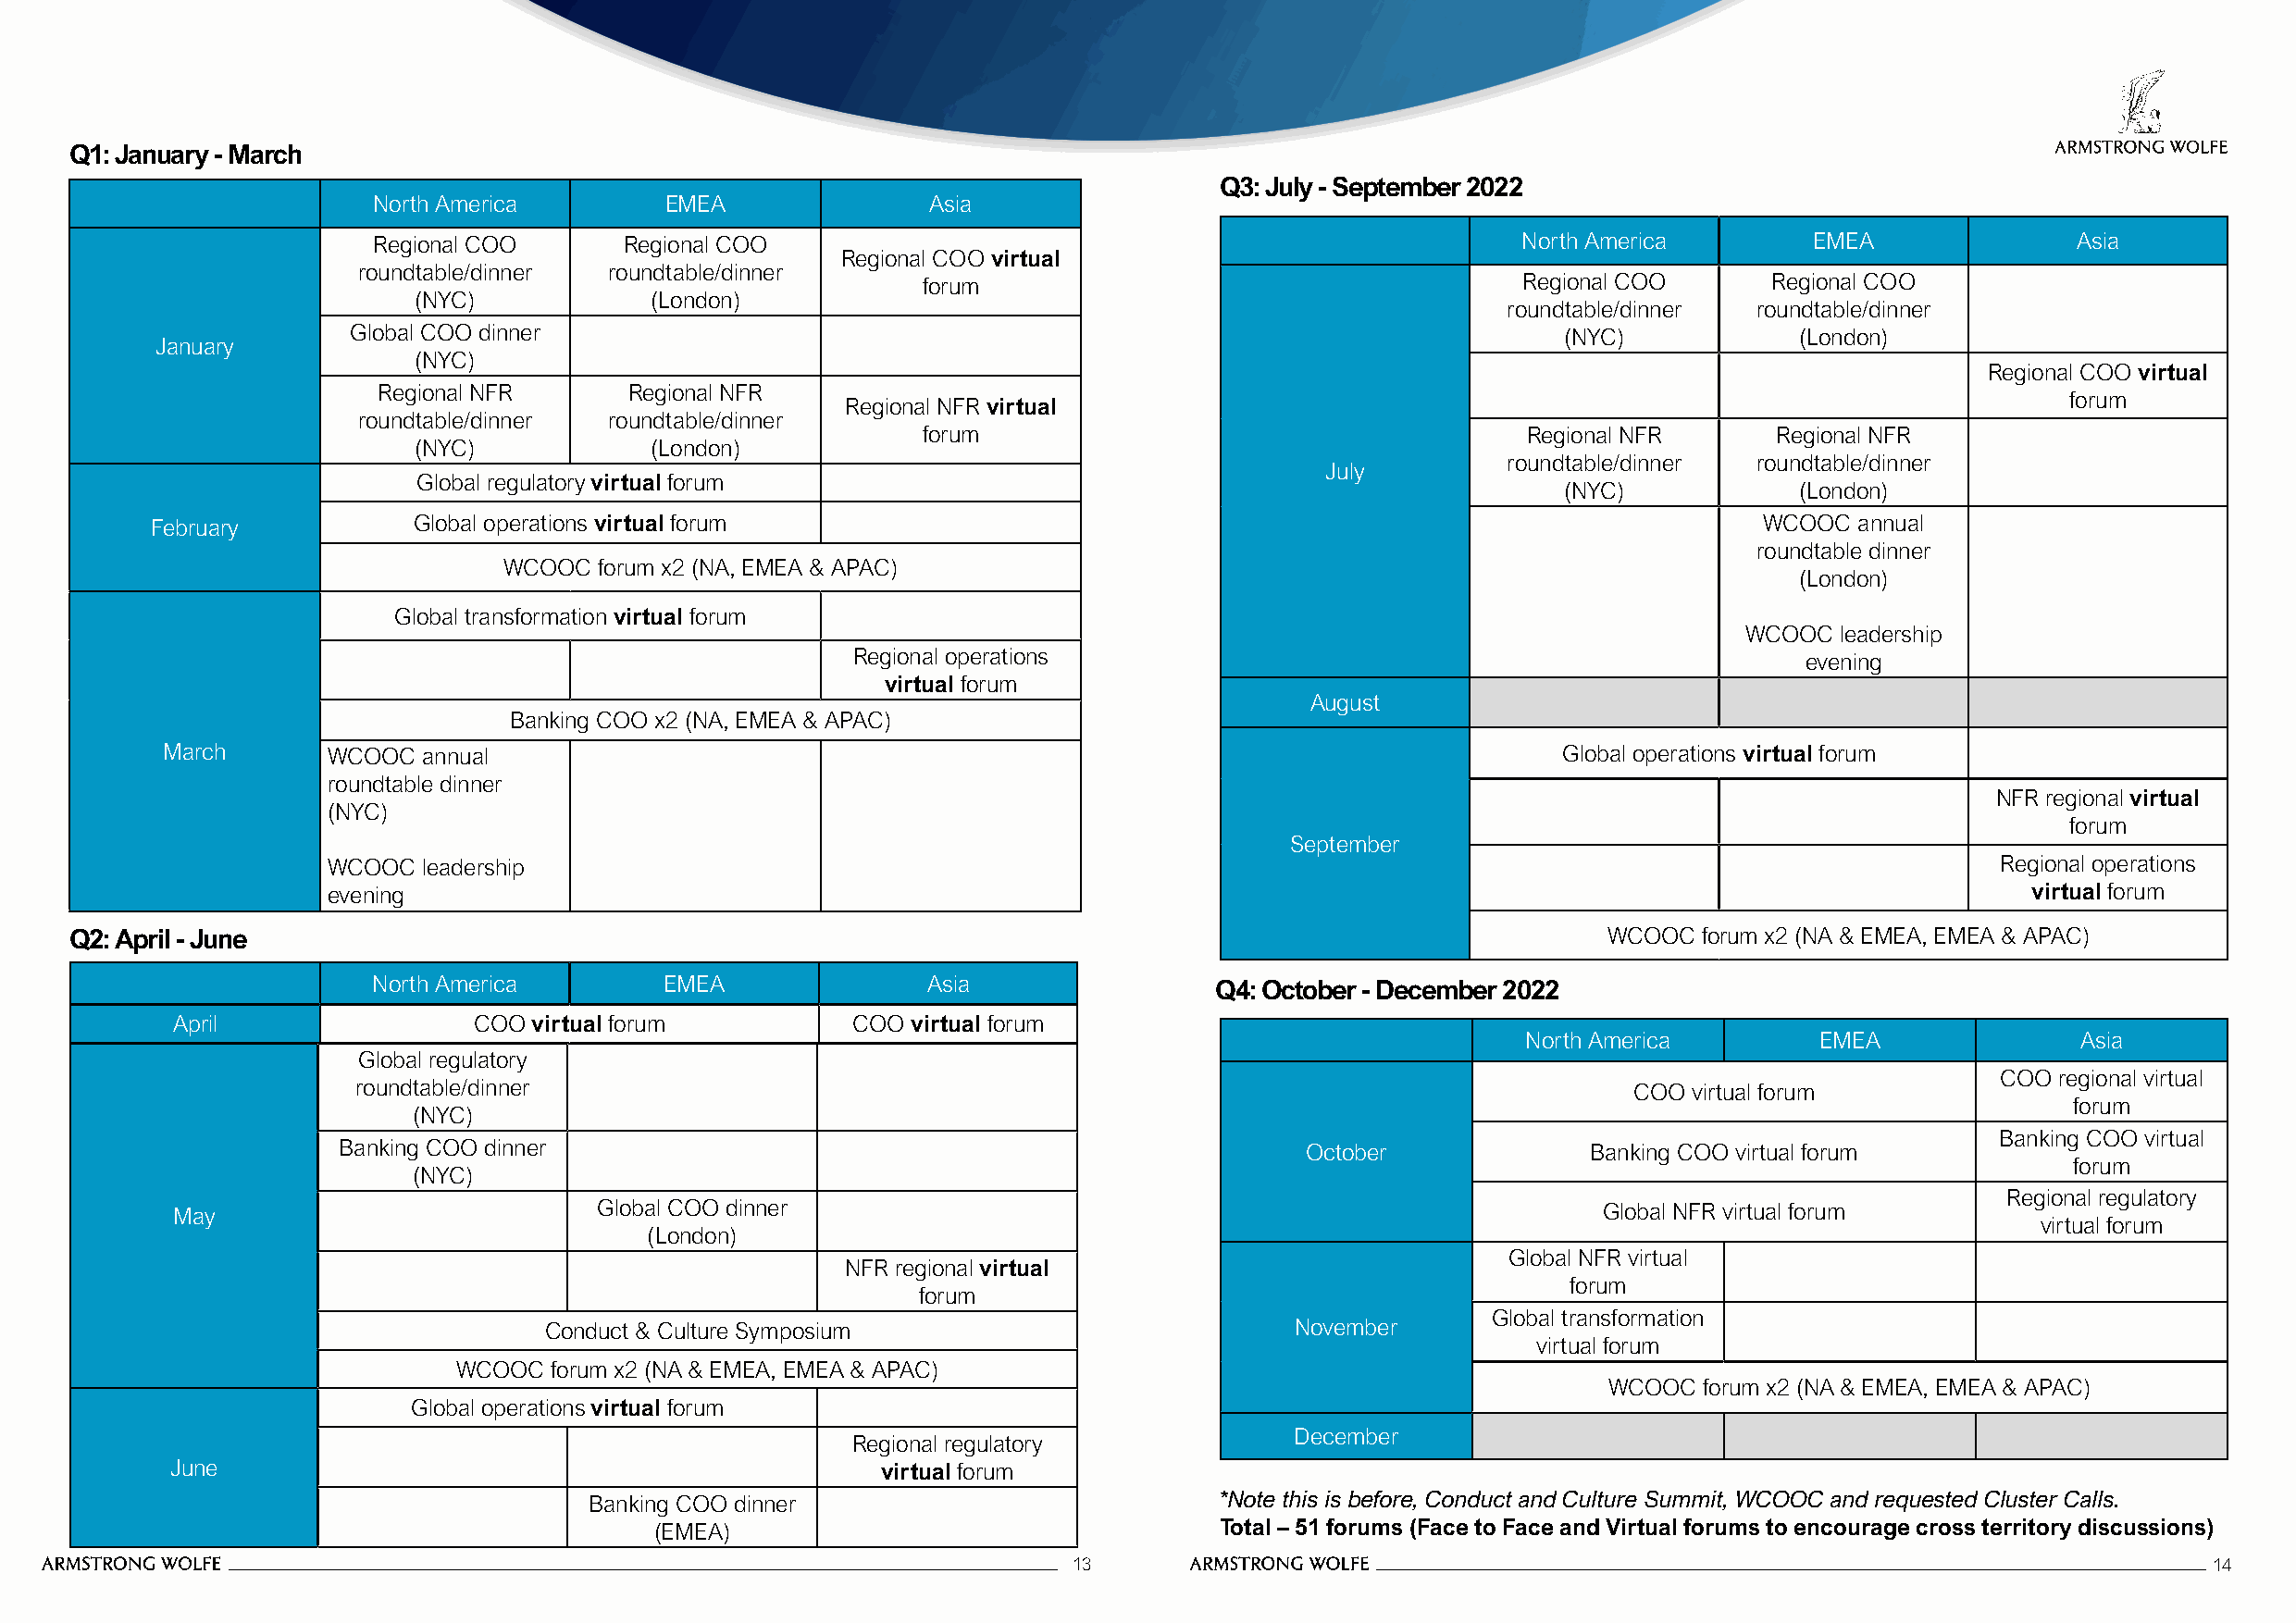
Q1: January - March
 Q3: July - September 2022
 North America        EMEA              Asia
 Regional COO      Regional COO                                                    North America        EMEA               Asia
 Regional COO virtual
 roundtable/dinner roundtable/dinner
 forum                                      Regional COO      Regional COO
 (NYC)            (London)
 roundtable/dinner roundtable/dinner
 Global COO dinner                                                                      (NYC)            (London)
 January
 (NYC)
 Regional COO virtual
 Regional NFR      Regional NFR
 forum
 Regional NFR virtual
 roundtable/dinner roundtable/dinner
 forum                                      Regional NFR      Regional NFR
 (NYC)            (London)
 roundtable/dinner roundtable/dinner
 July
 Global regulatory virtual forum
 (NYC)            (London)
 February           Global operations virtual forum                                                                 WCOOC  annual
 roundtable dinner
 WCOOC  forum x2 (NA, EMEA & APAC)
 (London)
 Global transformation virtual forum
 WCOOC  leadership
 Regional operations                                                 evening
 virtual forum
 August
 Banking COO x2 (NA, EMEA & APAC)
 March      WCOOC  annual                                                                            Global operations virtual forum
 roundtable dinner
 NFR regional virtual
 (NYC)
 forum
 September
 WCOOC  leadership                                                                                                       Regional operations
 evening                                                                                                                   virtual forum
 Q2: April - June                                                                                              WCOOC  forum x2 (NA & EMEA, EMEA & APAC)
 North America       EMEA               Asia                 Q4: October - December 2022
 April                 COO virtual forum          COO virtual forum
 North America        EMEA               Asia
 Global regulatory
 COO regional virtual
 roundtable/dinner                                                                           COO virtual forum
 forum
 (NYC)
 Banking COO virtual
 Banking COO dinner                                                   October              Banking COO virtual forum
 forum
 (NYC)
 Regional regulatory
 May                            Global COO dinner                                                       Global NFR virtual forum
 virtual forum
 (London)
 Global NFR virtual
 NFR regional virtual
 forum
 forum
 Global transformation
 Conduct & Culture Symposium                           November
 virtual forum
 WCOOC forum x2 (NA & EMEA, EMEA & APAC)
 WCOOC  forum x2 (NA & EMEA, EMEA & APAC)
 Global operations virtual forum
 December
 Regional regulatory
 June                                               virtual forum
 Banking COO dinner                           *Note this is before, Conduct and Culture Summit, WCOOC and requested Cluster Calls.
 (EMEA)                                  Total – 51 forums (Face to Face and Virtual forums to encourage cross territory discussions)
 13                                                                               14